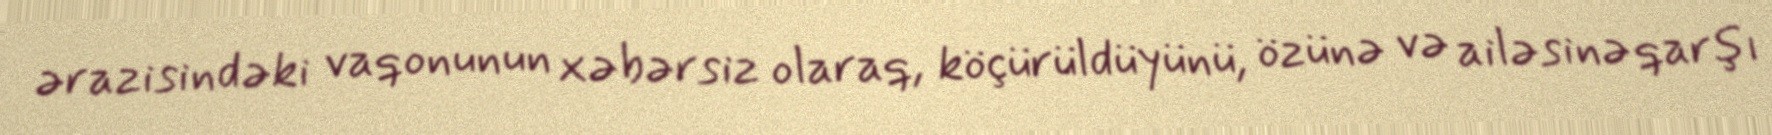
ərazisindəki vaqonunun xəbərsiz olaraq, köçürüldüyünü, özünə və ailəsinə qarşı